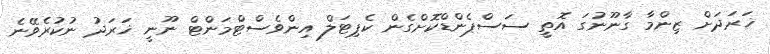
ޚަރަދަށް ޒިންމާ ގާނޫނުގަ އޮތީ ސަސްޕެންޑްކޮށްގެން ކެޕިޓަލް އިންވެސްޓްމަންޓް ނޫނީ ޚަރަދު ނުކުރެވޭނެ